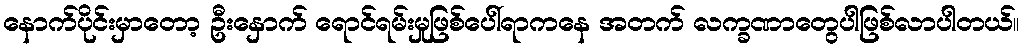
နောက်ပိုင်းမှာတော့ ဦးနှောက် ရောင်ရမ်းမှုဖြစ်ပေါ်ရာကနေ အတက် လက္ခဏာတွေပါဖြစ်လာပါတယ်။